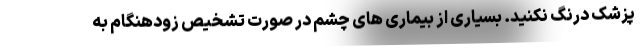
پزشک درنگ نکنید. بسیاری از بیماری های چشم در صورت تشخیص زودهنگام به